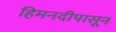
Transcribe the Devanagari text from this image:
हिमनदीपासून